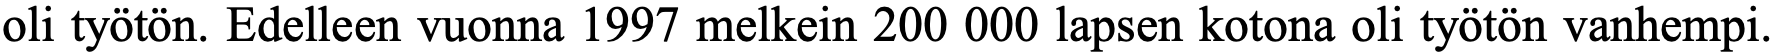
oli työtön. Edelleen vuonna 1997 melkein 200 000 lapsen kotona oli työtön vanhempi.